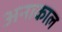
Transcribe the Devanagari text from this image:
अनाकाल